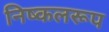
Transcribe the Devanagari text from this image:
निष्कलरूप